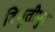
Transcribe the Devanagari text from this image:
बिभूतीपुर